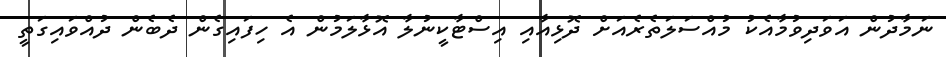
ނަމާދުން އަވަދިވުމާއެކު މުއްސަލަތެރެއަށް ދޮޅިއާއި އިސްޓާކީނުލާ އޮޅާލަމުން އެ ހިފައިގެން ދެބެން ދުއްވައިގަތީ